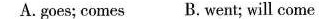
A.goes; comes B. went; will come